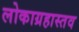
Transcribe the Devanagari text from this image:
लोकाग्रहास्तव